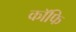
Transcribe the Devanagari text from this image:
कॉफि